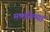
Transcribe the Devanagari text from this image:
मण्डोल्या